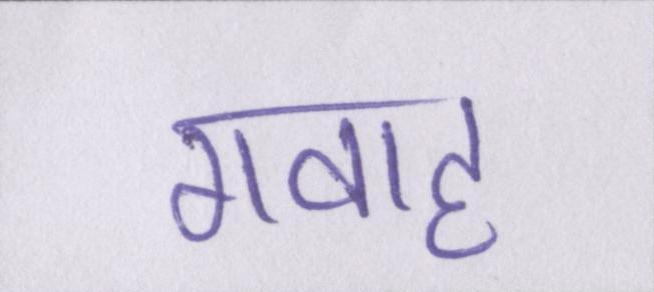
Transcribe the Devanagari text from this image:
गवाह